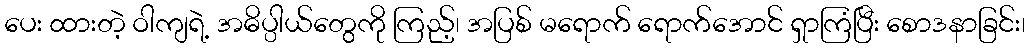
ပေး ထားတဲ့ ဝါကျရဲ့ အဓိပ္ပါယ်တွေကို ကြည့်၊ အပြစ် မရောက် ရောက်အောင် ရှာကြံပြီး စောဒနာခြင်း၊